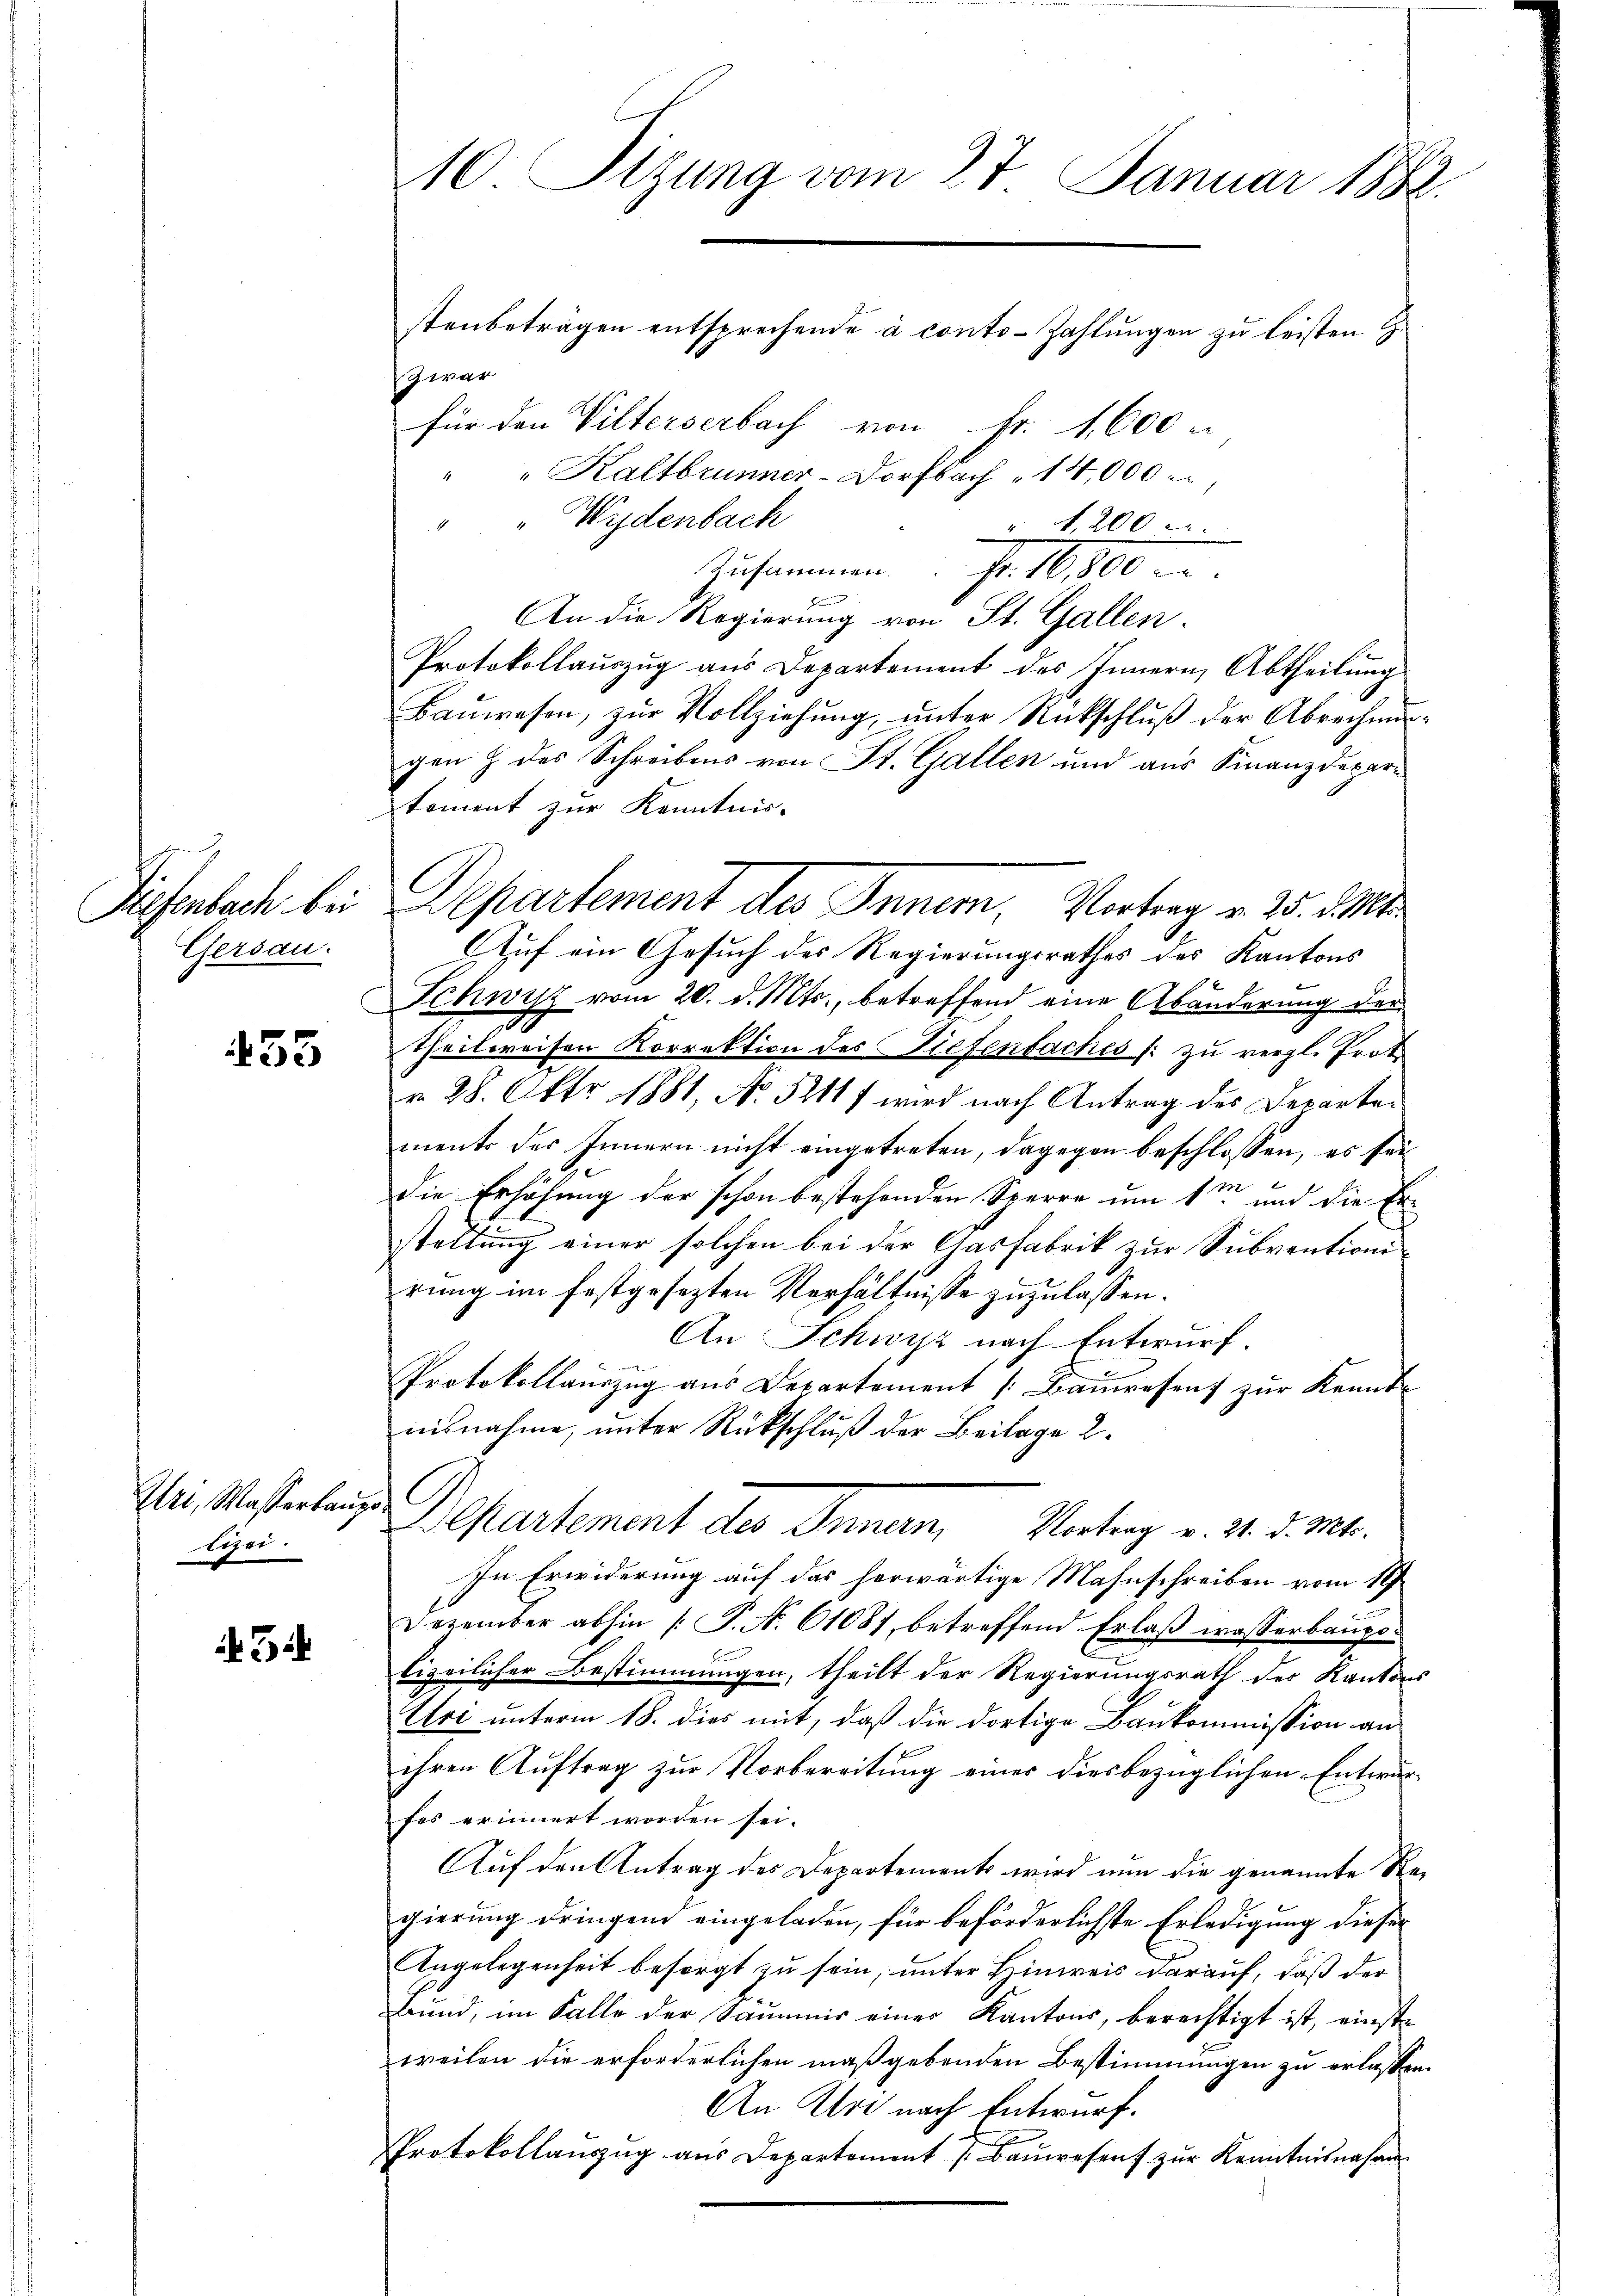
Diesenbach bei
Gersau.

435

Uri, Masserlange
lizei.

3

10 Sizung vom 27. Januar 1882.
stenbeträgen entsprechende à conto- Zahlungen zu leisten. G.
3 war
für den Vilterserbach von Fr. 4,600
"Kaltbrunner-Dorfbach " 14,000

" " Wydenbach
", 200
Zusammen. Fr. 16,800
An die Regierung von St. Gallen.
Protokollauszug aus Departement des Innern, Abtheilung
Baŭwesen, zŭr Vollziehŭng ŭnter Rückschlŭβ der Abrechnŭn-
gen & des Schreibens von St. Gallen und aus Finanzdepar-
toment zur Kenntnis-
Auf ein Gesuch des Regierungsrathes des Kantons
Schwyz vom 20. d. Mts., betreffend eine Abänderung der
Theilweisen Korrektion des Tiefenbaches /: zu vergl. Prot
r 28. Okt 1881, No 5211 f wird nach Antrag des Departements des Innern nicht eingetreten, dagegen beschlossen, es sei
32 x
die Erhöhung der schon bestehenden Sperre um 1. und die Erstaltung einer solchen bei der Gasfabrik zur Subventionirung im festgesezten Verhältnisse zuzulassen.
An Schwyz nach Entwurf.
Protokollauszug aus Departement [Bauresen zur Kenntnisnahme, unter Rückschluß der Beilage 2.
Departement des Innern, Vortrag v. 24. d. M.
In Erwiderung auf das herwärtige Mahnschreiben vom 18
Dezember abhin /: P. N. 61087, betreffend Erlaβ wasserbaupolizeilicher Bestimmungen, theilt der Regierungsrath des Kantons
Uri unterm 18. dies mit, daß die dortige Baukommission an
ihren Auftrag zur Vorbereitung eines diesbezüglichen Entwurfes erinnert worden sei.
Auf den Antrag des Departement wird nun die genannte Regierung dringend eingeladen, für beförderlichste Erledigung dieser
Angelegenheit besorgt zu sein, unter Hinweis darauf, daß der
Bund, im Falle der Sammis einer Kantons, berechtigt ist, einste
weilen die erforderlichen maßgebenden Bestimmungen zu erlassen
An Uri nach Entwurf.
Protokollaŭszŭg aŭs Departement J. Baŭwesen zŭr Kenntnisnahmen

Departement des Inner, Vortrag v. 25. d. M.